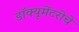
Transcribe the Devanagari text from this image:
डॉक्यूमेंटरीचे